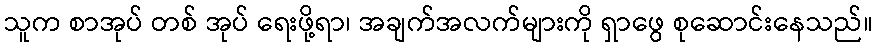
သူက စာအုပ် တစ် အုပ် ရေးဖို့ရာ၊ အချက်အလက်များကို ရှာဖွေ စုဆောင်းနေသည်။